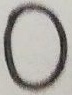
0